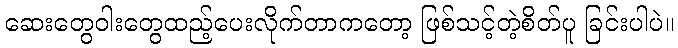
ဆေးတွေဝါးတွေထည့်ပေးလိုက်တာကတော့ ဖြစ်သင့်တဲ့စိတ်ပူ ခြင်းပါပဲ။